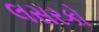
લસરકો